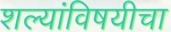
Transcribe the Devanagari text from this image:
शल्यांविषयीचा